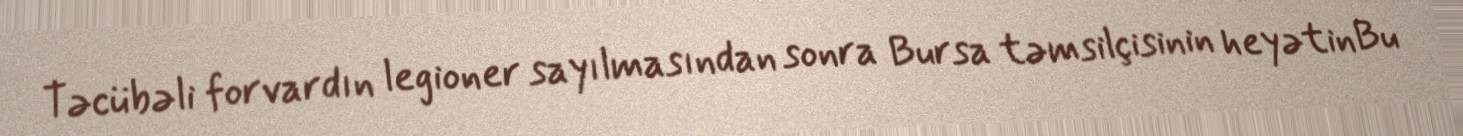
Təcübəli forvardın legioner sayılmasından sonra Bursa təmsilçisinin heyətinBu